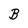
Character: B